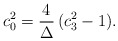
\begin{align*}c_0^2 = { 4 \over \Delta} \, ( c_3^2-1) .\end{align*}